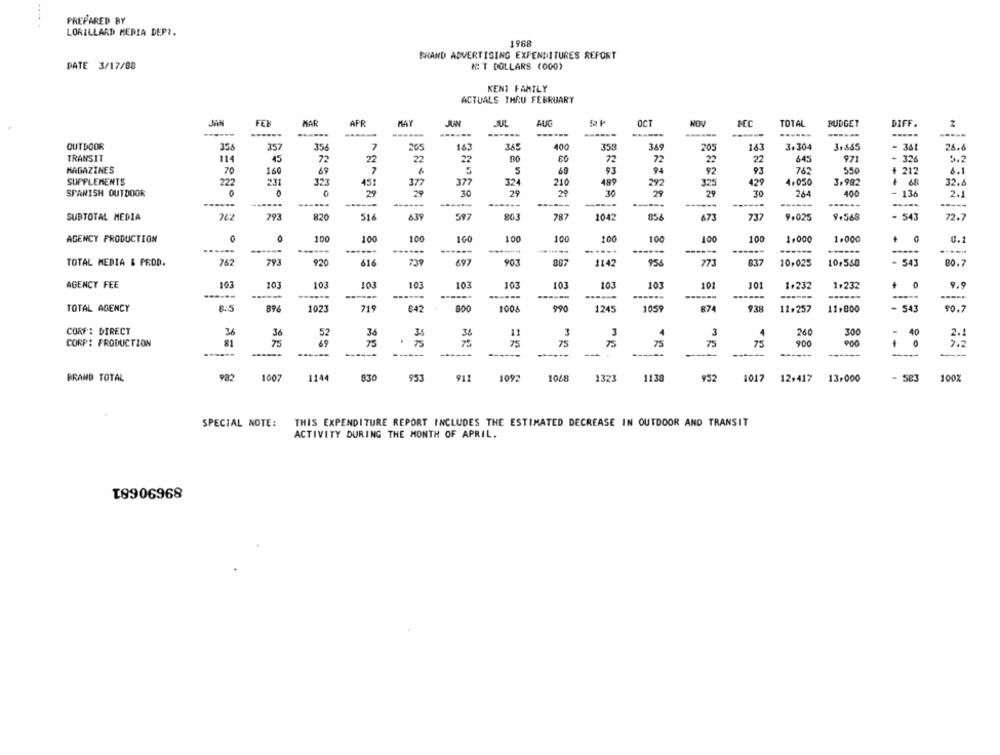
PREPARED BY
LORILLARD MEDIA DEPT.
1988
BRAND ADVERTISING EXPENDITURES REFORT
PATE 3/17/88
N'T DOLLARS (000)
KENT FAMILY
ACTUALS THRU FEBRUARY
MAN
FEX
MAR
APR
MAY
JUN
JUL
AUG
OCT
NOV
MEC
TOTAL
BUDGET
DIFF.
------
------
------
------
------
------
------
OUTDOOR
35
357
356
7
205
143
345
400
353
369
205
163
3.304
3.865
= 361
26.6
TRANSIT
114
45
72
22
22
72
22
22
645
97
- 326
5.2
MAGAZINES
70
160
7
S
69
93
94
92
93
762
550
212
6.1
SUPPLEMENTS
227
451
377
377
324
210
292
429
4.050
3.982
+ 68
32.6
SPANISH OUTDOOR
79
30
29
29
29
29
TO
26
400
- 136
2.1
------
-----
------
------
------
--
-----
SUBTOTAL MEDIA
762
293
820
516
639
597
803
787
1042
856
673
737
9.025
9.568
- 543
72.7
AGENCY PRODUCTION
100
100
100
100
100
100
100
100
1.000
1.000
0.1
-----
------
------
------
TOTAL MEDIA & PROD.
762
793
920
616
739
697
903
1142
956
773
837
10,025
10,550
- 543
80.7
AGENCY FEE
103
103
103
103
103
103
103
101
103
103
101
101
1.232
1,232
9.9
------
----
------
-----
---
TOTAL AGENCY
896
1023
719
642
800
1006
990
1245
1059
874
938
11.257
11,800
- 543
90.7
CORF: DIRECT
36
36
52
34
11
3
4
260
300
40
2.1
3
CORP: PRODUCTION
81
75
75
75
75
75
75
75
75
900
7.2
--
------
BRAND TOTAL
982
1007
114
830
911
1092
1068
1321
1138
1017
12,417
13.000
- 583
100%
952
SPECIAL NOTE:
THIS EXPENDITURE REPORT INCLUDES THE ESTIMATED DECREASE IN OUTDOOR AND TRANSIT
ACTIVITY DURING THE MONTH OF APRIL.
T8906968